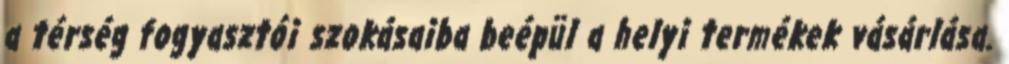
a térség fogyasztói szokásaiba beépül a helyi termékek vásárlása.